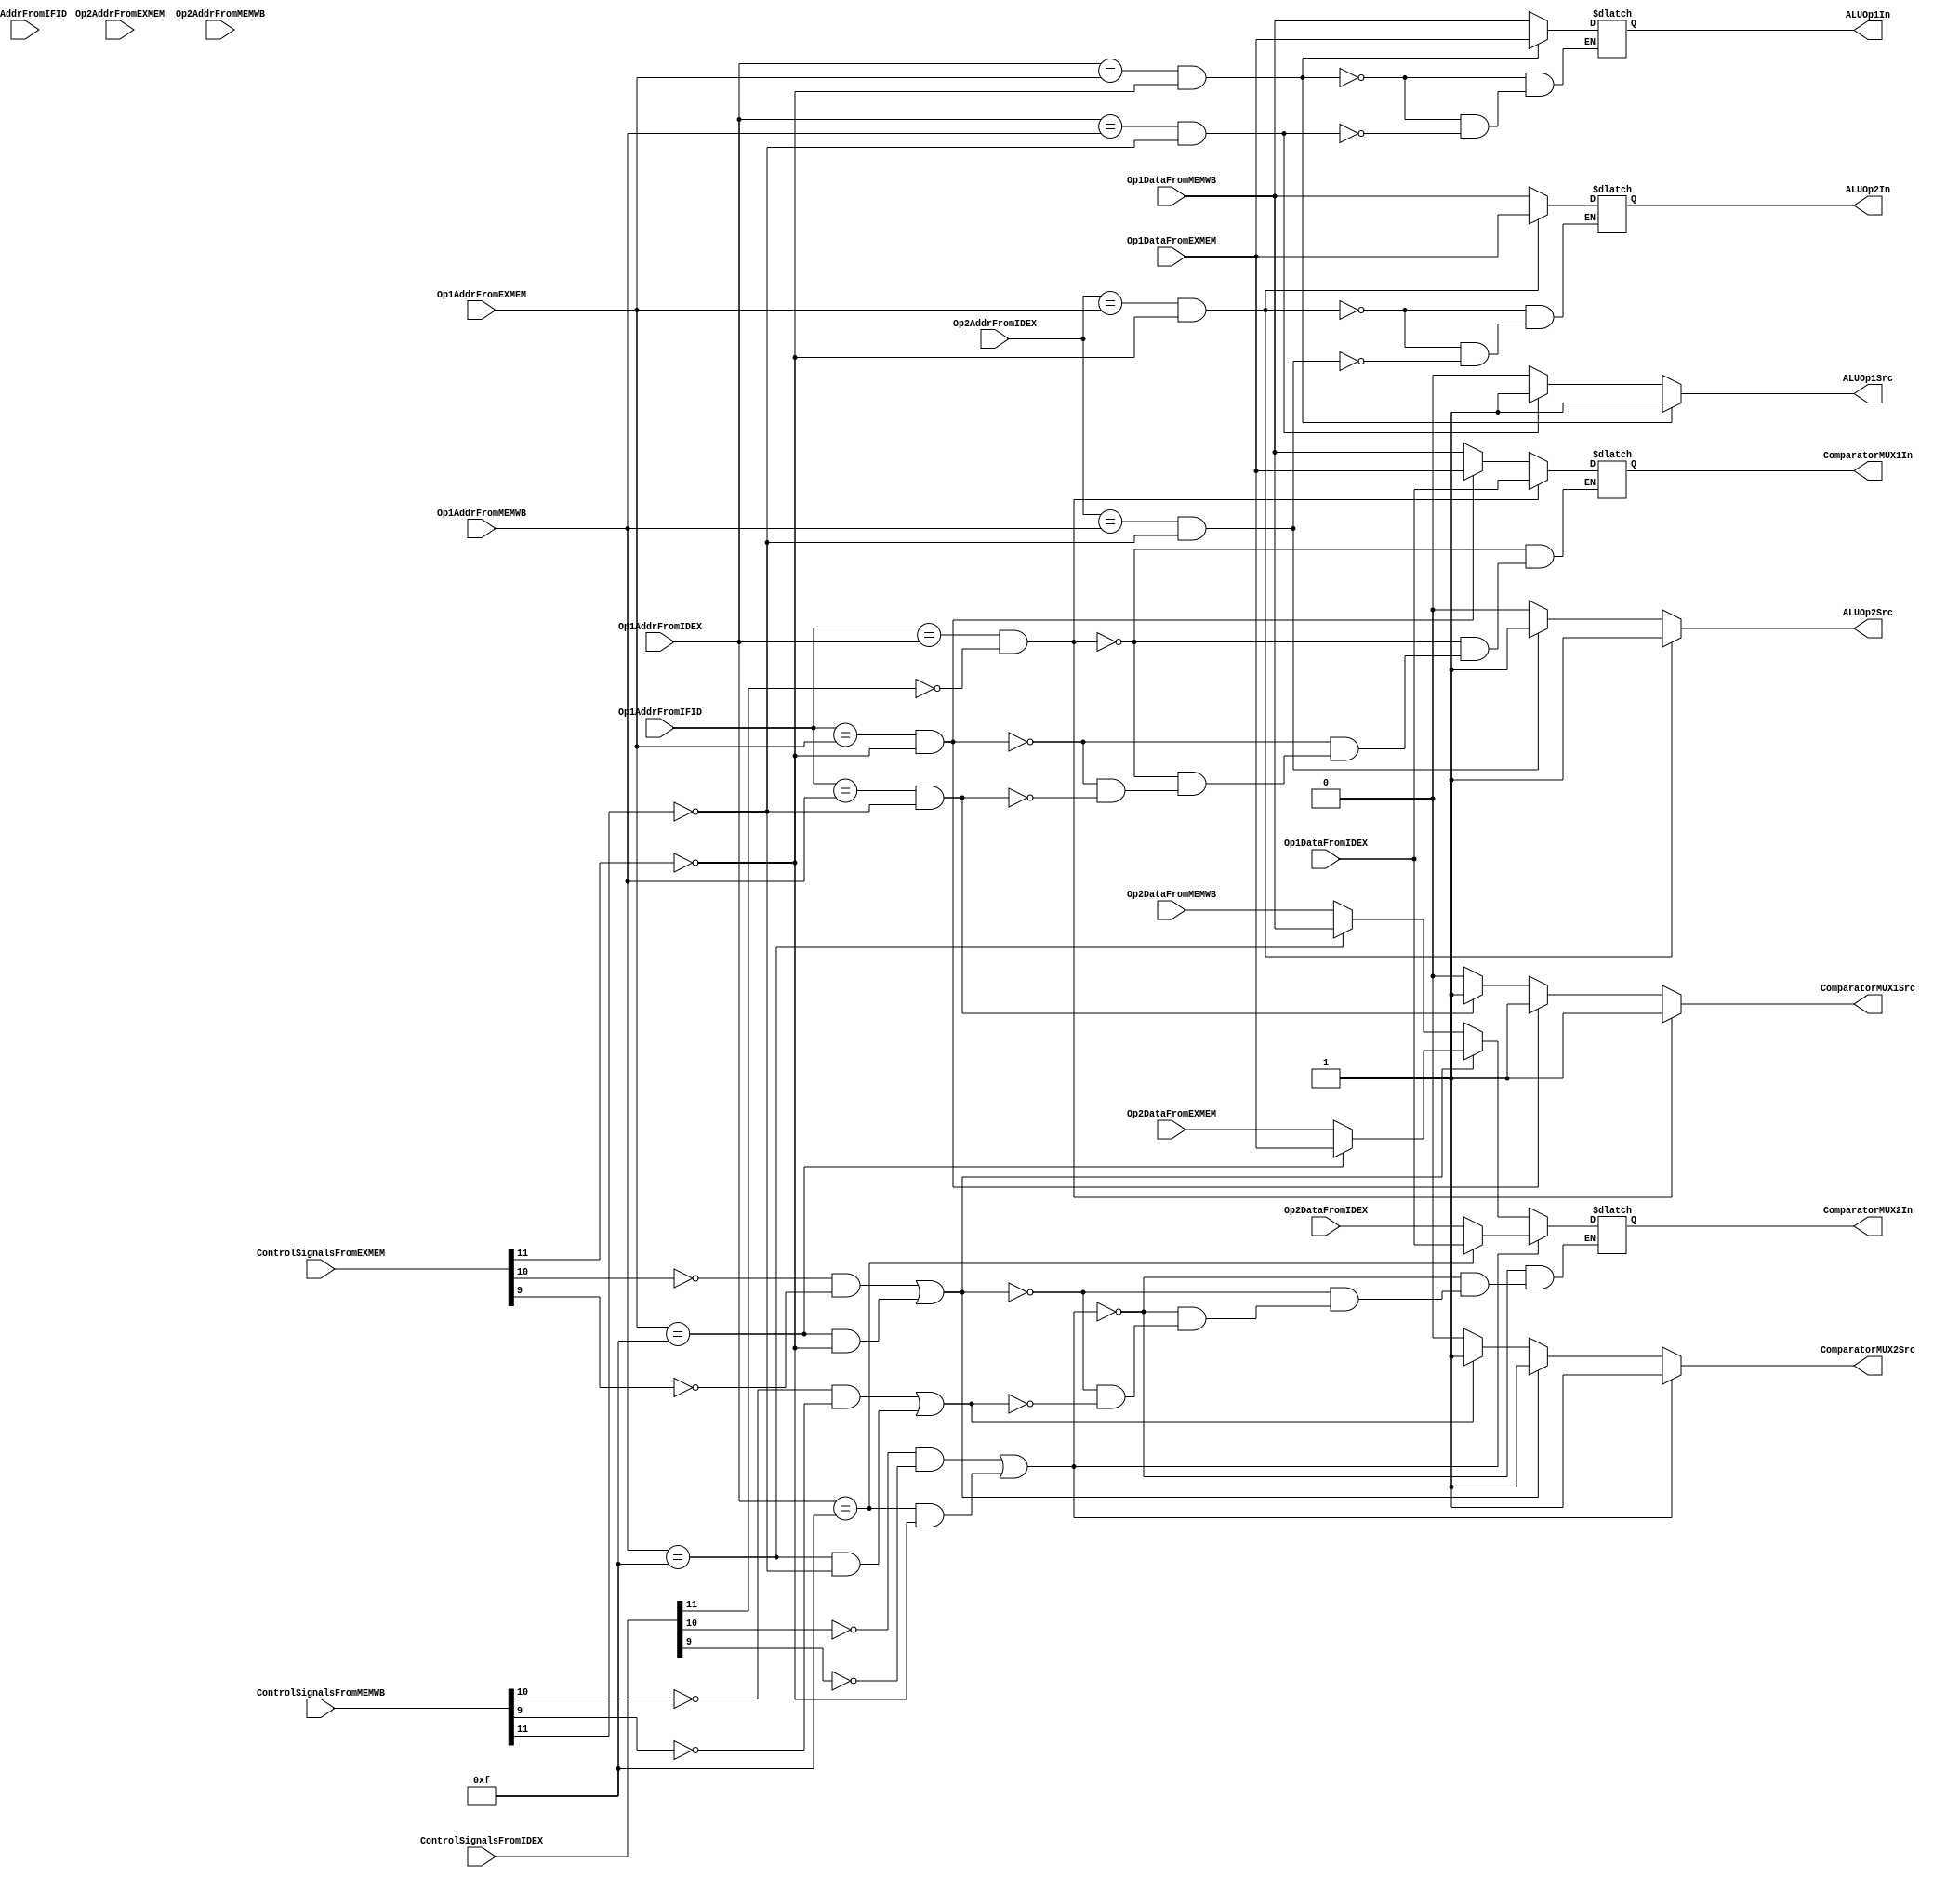
//////////////////////////////////////////////////////////////////////////////////
// Company: 
// Engineer: 
// 
// Design Name: 
// Module Name: forwardingUnit
// Project Name: 
// Target Devices: 
// Tool Versions: 
// Description: 
// 
// Dependencies: 
// 
// Revision:
// Revision 0.01 - File Created
// Additional Comments:
// 
//////////////////////////////////////////////////////////////////////////////////


module forwardingUnit(
    input [3:0] Op1AddrFromIFID,
    input [3:0] Op2AddrFromIFID,
    input [3:0] Op1AddrFromIDEX,
    input [3:0] Op2AddrFromIDEX,
    input [3:0] Op1AddrFromEXMEM,
    input [3:0] Op2AddrFromEXMEM,
    input [3:0] Op1AddrFromMEMWB,
    input [3:0] Op2AddrFromMEMWB,
	input [13:0] ControlSignalsFromIDEX,
	input [13:0] ControlSignalsFromEXMEM,
	input [13:0] ControlSignalsFromMEMWB,


    input [15:0] Op1DataFromIDEX,
    input [15:0] Op2DataFromIDEX,
    input [15:0] Op1DataFromEXMEM,
    input [15:0] Op2DataFromEXMEM,
    input [15:0] Op1DataFromMEMWB,
    input [15:0] Op2DataFromMEMWB,
    
    output reg [15:0] ComparatorMUX1In,
    output reg [15:0] ComparatorMUX2In,
    
    output reg [15:0] ALUOp1In,
    output reg [15:0] ALUOp2In,


    output reg  ComparatorMUX1Src,
    output reg  ALUOp1Src,
    output reg  ALUOp2Src,
    output reg  ComparatorMUX2Src
    );
    

	
	
//Stage 2 - Op1Data going to PC comparator MUX	-- Does not take into account something like swap R1, R15, but this is not tested for in the code to execute
always @ (*)
begin
	if ( (Op1AddrFromIFID == Op1AddrFromIDEX) && ~ControlSignalsFromIDEX[11] )
	begin
		ComparatorMUX1Src = 1; 
		ComparatorMUX1In  = Op1DataFromIDEX;
	end
	else if ( (Op1AddrFromIFID == Op1AddrFromEXMEM) && ~ControlSignalsFromEXMEM[11] ) //[11] = WriteEnable1 for registers
	begin
		ComparatorMUX1Src = 1;
		ComparatorMUX1In  = Op1DataFromEXMEM;
	end
	else if ( (Op1AddrFromIFID == Op1AddrFromMEMWB) && ~ControlSignalsFromMEMWB[11] )
	begin
		ComparatorMUX1Src = 1;
		ComparatorMUX1In  = Op1DataFromMEMWB;
	end
	else
	begin
		ComparatorMUX1Src = 0;
	end
end

//Stage 2 - Reg15 going to PC comparator MUX -- Have to look for if something is going into R15 from a mult, div, move, or swap cmd - this isn't tested for in example code but should work
always @ (*)
begin
	if ( ((~ControlSignalsFromIDEX[10] && ~ControlSignalsFromIDEX[9]) || (Op1AddrFromIDEX == 4'b1111 && ~ControlSignalsFromEXMEM[11]) ) )
	begin
	    if ( ~(Op1AddrFromIDEX == 4'b1111 ))
	    begin
	   	  ComparatorMUX2Src = 1; 
		  ComparatorMUX2In  = Op2DataFromIDEX;
		end
		else
		begin
		  ComparatorMUX2Src = 1; 
          ComparatorMUX2In  = Op1DataFromIDEX;
        end
	end
	else if ( ((~ControlSignalsFromEXMEM[10] && ~ControlSignalsFromEXMEM[9]) || (Op1AddrFromEXMEM == 4'b1111 && ~ControlSignalsFromEXMEM[11]) ) )
	begin
	    if ( ~(Op1AddrFromEXMEM == 4'b1111 ))
	    begin
	   	  ComparatorMUX2Src = 1; 
		  ComparatorMUX2In  = Op2DataFromEXMEM;
		end
		else
		begin
		  ComparatorMUX2Src = 1; 
          ComparatorMUX2In  = Op1DataFromEXMEM;
        end
	end
	else if ( ((~ControlSignalsFromMEMWB[10] && ~ControlSignalsFromMEMWB[9]) || (Op1AddrFromMEMWB == 4'b1111 && ~ControlSignalsFromMEMWB[11]) ) )
        begin
            if ( ~(Op1AddrFromMEMWB == 4'b1111 ))
            begin
              ComparatorMUX2Src = 1; 
              ComparatorMUX2In  = Op2DataFromMEMWB;
            end
            else
            begin
              ComparatorMUX2Src = 1; 
              ComparatorMUX2In  = Op1DataFromMEMWB;
            end
        end
	else
		ComparatorMUX2Src = 0;
end



//Stage 3 - Op1Data going into ALU Mux
always @ (*)
begin
	if ( (Op1AddrFromIDEX == Op1AddrFromEXMEM) && ~ControlSignalsFromEXMEM[11] )
	begin
		ALUOp1Src = 1; 
		ALUOp1In  = Op1DataFromEXMEM;
	end
	else if ( (Op1AddrFromIDEX == Op1AddrFromMEMWB) && ~ControlSignalsFromMEMWB[11] ) //[11] = WriteEnable1 for registers
	begin
		ALUOp1Src = 1;
		ALUOp1In  = Op1DataFromMEMWB;
	end
	else
	begin
		ALUOp1Src = 0;
	end
end

//Stage 3 - Op2Data going into ALU Mux
always @ (*)
begin
	if ( (Op2AddrFromIDEX == Op1AddrFromEXMEM) && ~ControlSignalsFromEXMEM[11] )
	begin
		ALUOp2Src = 1; 
		ALUOp2In  = Op1DataFromEXMEM;
	end
	else if ( (Op2AddrFromIDEX == Op1AddrFromMEMWB) && ~ControlSignalsFromMEMWB[11] ) //[11] = WriteEnable1 for registers
	begin
		ALUOp2Src = 1;
		ALUOp2In  = Op1DataFromMEMWB;
	end
	else
	begin
		ALUOp2Src = 0;
	end
end


    
endmodule